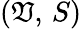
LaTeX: \left(\mathfrak{V},\, S\right)